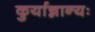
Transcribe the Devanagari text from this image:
कुर्यान्नान्यः